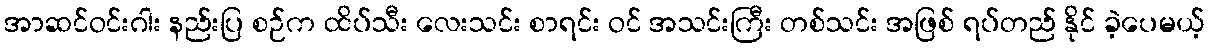
အာဆင်ဝင်းဂါး နည်းပြ စဉ်က ထိပ်သီး လေးသင်း စာရင်း ဝင် အသင်းကြီး တစ်သင်း အဖြစ် ရပ်တည် နိုင် ခဲ့ပေမယ့်